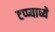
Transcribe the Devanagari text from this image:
टप्प्याध्ये